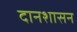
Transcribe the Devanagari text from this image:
दानशासन